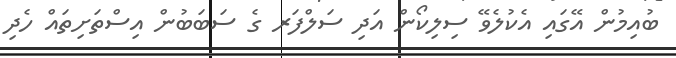
ބުއިމުން އޭގައި އެކުލެވޭ ސިލިކޯން އަދި ސަލްފަރ ގެ ސަބަބުން އިސްތަށިތައް ހެދި